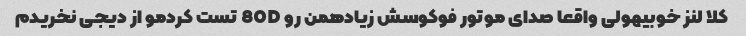
کلا لنز خوبیهولی واقعا صدای موتور فوکوسش زیادهمن رو 80D تست کردمو از دیجی نخریدم